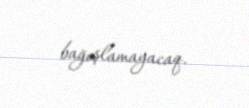
bağışlamayacaq.